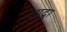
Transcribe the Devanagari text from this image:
आद्र्रा